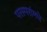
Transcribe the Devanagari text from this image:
परस्‍परांमधे